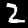
Label: 2